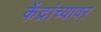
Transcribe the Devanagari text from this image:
केंद्रांच्यावर